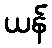
ယန်